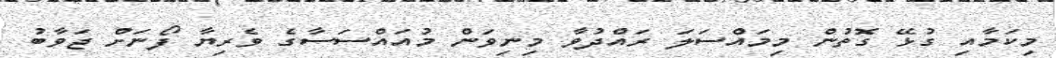
މިކަމާއި ގުޅޭ ގޮތުން މިމައްސަލަ ރައްދުވާ މިނިވަން މުއައްސަސާގެ ވެރިޔާ ފޯނަށް ޖަވާބު